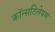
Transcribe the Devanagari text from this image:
कॉन्सटिलेषण